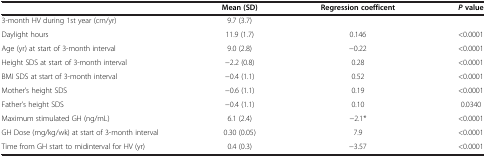
|  | Mean (SD) | Regression coefficent | Pvalue |
 | --- | --- | --- | --- |
 | 3-month HV during 1st year (cm/yr) | 9.7 (3.7) |  |  |
 | Daylight hours | 11.9 (1.7) | 0.146 | <0.0001 |
 | Age (yr) at start of 3-month interval | 9.0 (2.8) | −0.22 | <0.0001 |
 | Height SDS at start of 3-month interval | −2.2 (0.8) | 0.28 | <0.0001 |
 | BMI SDS at start of 3-month interval | −0.4 (1.1) | 0.52 | <0.0001 |
 | Mother’s height SDS | −0.6 (1.1) | 0.19 | <0.0001 |
 | Father’s height SDS | −0.4 (1.1) | 0.10 | 0.0340 |
 | Maximum stimulated GH (ng/mL) | 6.1 (2.4) | −2.1* | <0.0001 |
 | GH Dose (mg/kg/wk) at start of 3-month interval | 0.30 (0.05) | 7.9 | <0.0001 |
 | Time from GH start to midinterval for HV (yr) | 0.4 (0.3) | −3.57 | <0.0001 |